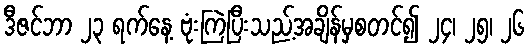
ဒီဇင်ဘာ ၂၃ ရက်နေ့ ဗုံးကြဲပြီးသည့်အချိန်မှစတင်၍ ၂၄၊ ၂၅၊ ၂၆